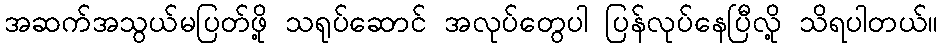
အဆက်အသွယ်မပြတ်ဖို့ သရုပ်ဆောင် အလုပ်တွေပါ ပြန်လုပ်နေပြီလို့ သိရပါတယ်။